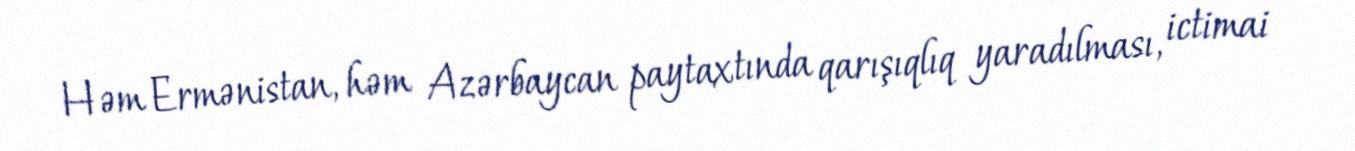
Həm Ermənistan, həm Azərbaycan paytaxtında qarışıqlıq yaradılması, ictimai